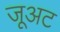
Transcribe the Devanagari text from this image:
जूअट